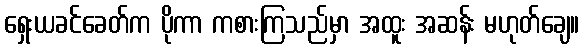
ရှေးယခင်ခေတ်က ပိုကာ ကစားကြသည်မှာ အထူး အဆန်း မဟုတ်ချေ။